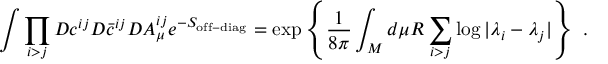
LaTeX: \int \prod _ { i > j } { \cal D } c ^ { i j } { \cal D } \bar { c } ^ { i j } { \cal D } A _ { \mu } ^ { i j } e ^ { - S _ { \mathrm { o f f - d i a g } } } = \exp \left\{ { \frac { 1 } { 8 \pi } } \int _ { \cal M } d \mu R \sum _ { i > j } \log | \lambda _ { i } - \lambda _ { j } | \right\} ~ .